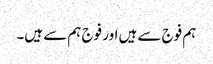
ہم فوج سے ہیں اور فوج ہم سے ہیں۔